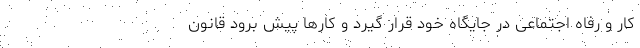
کار و رفاه اجتماعی در جایگاه خود قرار گیرد و کارها پیش برود قانون